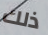
ذلك